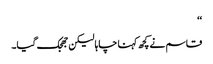
‘‘
قاسم نے کچھ کہنا چاہا لیکن جھجک گیا۔